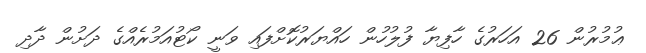
ޢުމުރުން 26 އަހަރުގެ ހާފިޔާ ފުލުހުން ހައްޔަރުކޮށްފައި ވަނީ ކޯޓުއަމުރެއްގެ ދަށުން ދާދި